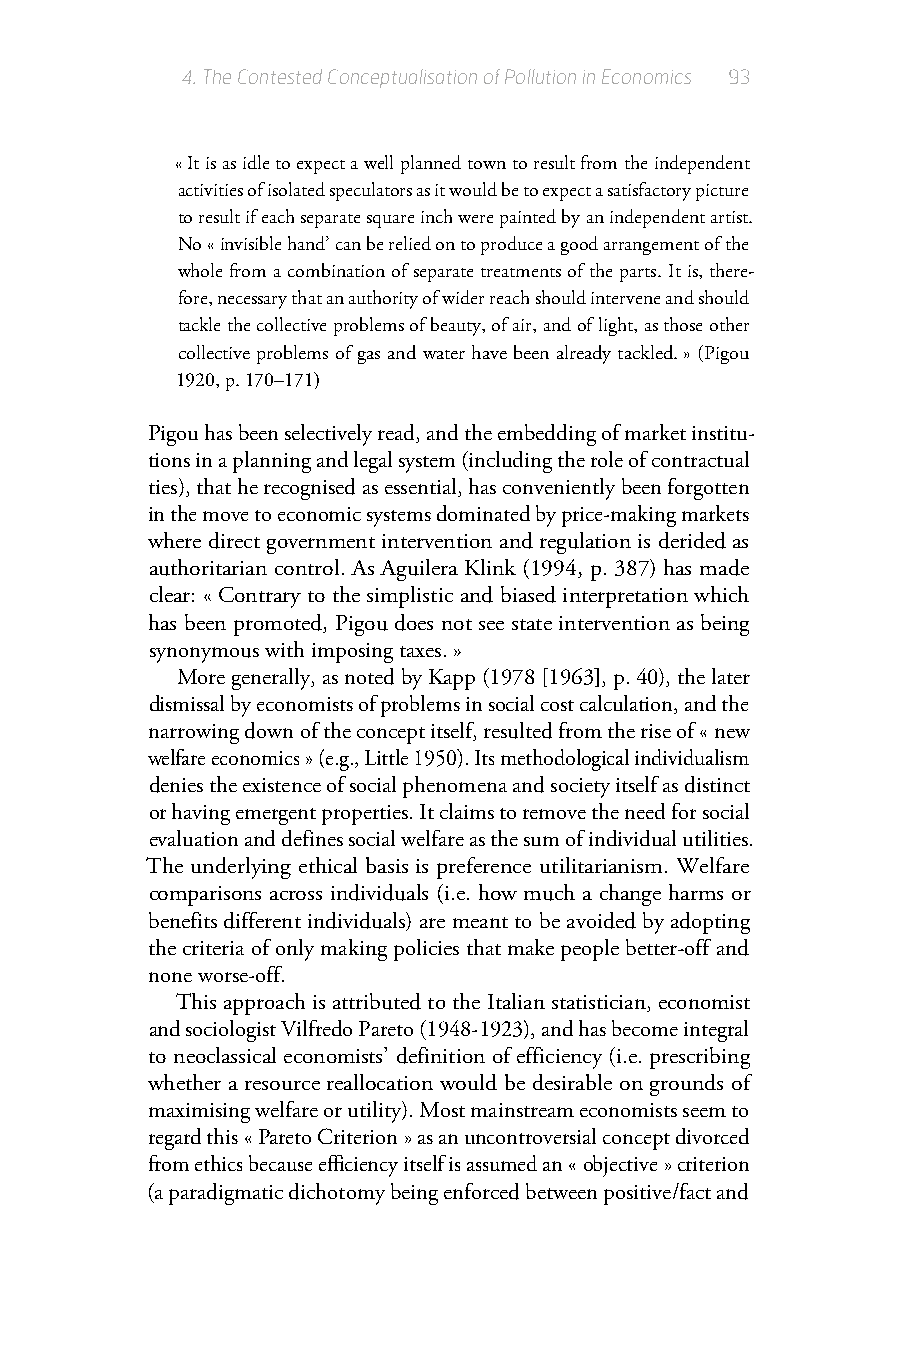
4.The Contested Conceptualisation of Pollution in Economics 93
 « It is as idle to expect a well planned town to result from the independent
 activities of isolated speculators as it would be to expect a satisfactory picture
 to result if each separate square inch were painted by an independent artist.
 No « invisible hand’ can be relied on to produce a good arrangement of the
 whole from a combination of separate treatments of the parts. It is, there-
 fore, necessary that an authority of wider reach should intervene and should
 tackle the collective problems of beauty, of air, and of light, as those other
 collective problems of gas and water have been already tackled. » (Pigou
 1920, p. 170–171)
 Pigou has been selectively read, and the embedding of market institu-
 tions in a planning and legal system (including the role of contractual
 ties), that he recognised as essential, has conveniently been forgotten
 in the move to economic systems dominated by price-making markets
 where direct government intervention and regulation is derided as
 authoritarian control. As Aguilera Klink (1994, p. 387) has made
 clear: « Contrary to the simplistic and biased interpretation which
 has been promoted, Pigou does not see state intervention as being
 synonymous with imposing taxes. »
 More generally, as noted by Kapp (1978 [1963], p. 40), the later
 dismissal by economists of problems in social cost calculation, and the
 narrowing down of the concept itself, resulted from the rise of « new
 welfare economics » (e.g., Little 1950). Its methodological individualism
 denies the existence of social phenomena and society itself as distinct
 or having emergent properties. It claims to remove the need for social
 evaluation and defines social welfare as the sum of individual utilities.
 The underlying ethical basis is preference utilitarianism. Welfare
 comparisons across individuals (i.e. how much a change harms or
 benefits different individuals) are meant to be avoided by adopting
 the criteria of only making policies that make people better-off and
 none worse-off.
 This approach is attributed to the Italian statistician, economist
 and sociologist Vilfredo Pareto (1948-1923), and has become integral
 to neoclassical economists’ definition of efficiency (i.e. prescribing
 whether a resource reallocation would be desirable on grounds of
 maximising welfare or utility). Most mainstream economists seem to
 regard this « Pareto Criterion » as an uncontroversial concept divorced
 from ethics because efficiency itself is assumed an « objective » criterion
 (a paradigmatic dichotomy being enforced between positive/fact and